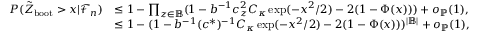
\begin{array} { r l } { P ( \tilde { Z } _ { \mathrm { b o o t } } > x | \mathcal { F } _ { n } ) } & { \leq 1 - \prod _ { z \in \mathbb { B } } ( 1 - b ^ { - 1 } c _ { z } ^ { 2 } C _ { \kappa } \exp ( - x ^ { 2 } / 2 ) - 2 ( 1 - \Phi ( x ) ) ) + o _ { \mathbb { P } } ( 1 ) , } \\ & { \leq 1 - ( 1 - b ^ { - 1 } ( c ^ { * } ) ^ { - 1 } C _ { \kappa } \exp ( - x ^ { 2 } / 2 ) - 2 ( 1 - \Phi ( x ) ) ) ^ { | \mathbb { B } | } + o _ { \mathbb { P } } ( 1 ) , } \end{array}